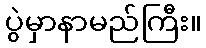
ပွဲမှာနာမည်ကြီး။